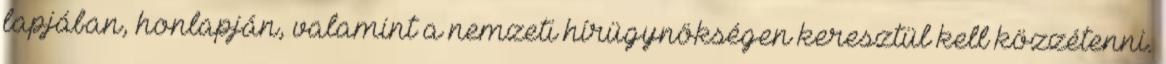
lapjában, honlapján, valamint a nemzeti hírügynökségen keresztül kell közzétenni.